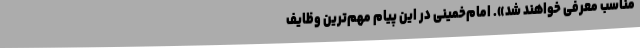
مناسب‌ معرفی‌ خواهند شد». امام‌خمینی‌ در این‌ پیام‌ مهم‌ترین‌ وظایف‌